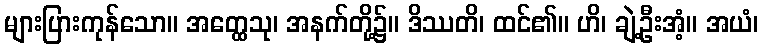
များပြားကုန်သော။ အတ္ထေသု၊ အနက်တို့၌။ ဒိဿတိ၊ ထင်၏။ ဟိ၊ ချဲ့ဦးအံ့။ အယံ၊